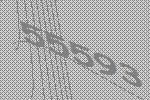
55593